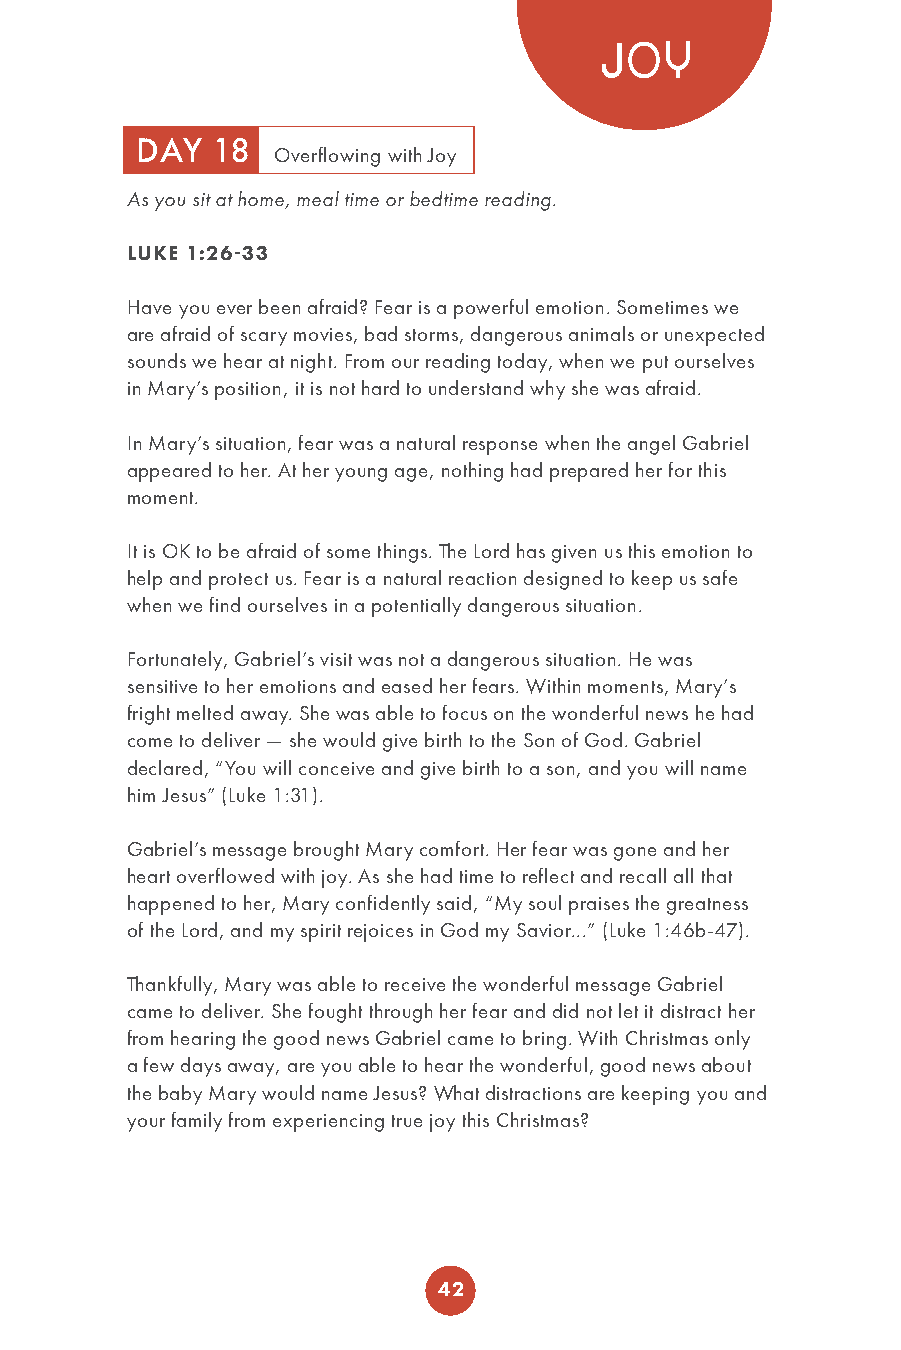
JOY
 DAY  18
 Overflowing with Joy
 As you sit at home, meal time or bedtime reading.
 LUKE 1:26-33
 Have you ever been afraid? Fear is a powerful emotion. Sometimes we
 are afraid of scary movies, bad storms, dangerous animals or unexpected
 sounds we hear at night. From our reading today, when we put ourselves
 in Mary’s position, it is not hard to understand why she was afraid.
 In Mary’s situation, fear was a natural response when the angel Gabriel
 appeared to her. At her young age, nothing had prepared her for this
 moment.
 It is OK to be afraid of some things. The Lord has given us this emotion to
 help and protect us. Fear is a natural reaction designed to keep us safe
 when we find ourselves in a potentially dangerous situation.
 Fortunately, Gabriel’s visit was not a dangerous situation. He was
 sensitive to her emotions and eased her fears. Within moments, Mary’s
 fright melted away. She was able to focus on the wonderful news he had
 come to deliver — she would give birth to the Son of God. Gabriel
 declared, “You will conceive and give birth to a son, and you will name
 him Jesus” (Luke 1:31).
 Gabriel’s message brought Mary comfort. Her fear was gone and her
 heart overflowed with joy. As she had time to reflect and recall all that
 happened to her, Mary confidently said, “My soul praises the greatness
 of the Lord, and my spirit rejoices in God my Savior...” (Luke 1:46b-47).
 Thankfully, Mary was able to receive the wonderful message Gabriel
 came to deliver. She fought through her fear and did not let it distract her
 from hearing the good news Gabriel came to bring. With Christmas only
 a few days away, are you able to hear the wonderful, good news about
 the baby Mary would name Jesus? What distractions are keeping you and
 your family from experiencing true joy this Christmas?
 42